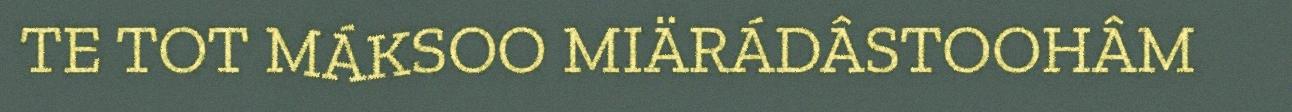
TE TOT MÁKSOO MIÄRÁDÂSTOOHÂM